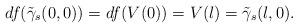
LaTeX: \begin{align*}df(\tilde \gamma_s(0,0))=df(V(0))=V(l)=\tilde \gamma_s(l,0).\end{align*}